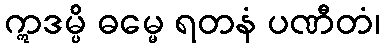
ဣဒမ္ပိ ဓမ္မေ ရတနံ ပဏီတံ၊